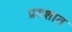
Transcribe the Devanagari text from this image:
प्रदशात